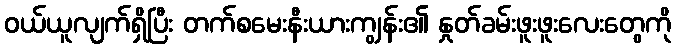
ဝယ်ယူလျက်ရှိပြီး တက်စမေးနီးယားကျွန်း၏ နှုတ်ခမ်းဖူးဖူးလေးတွေကို